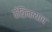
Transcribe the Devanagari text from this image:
केंब्रिजच्याच